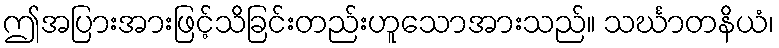
ဤအပြားအားဖြင့်သိခြင်းတည်းဟူသောအားသည်။ သင်္ဃာတနိယံ၊